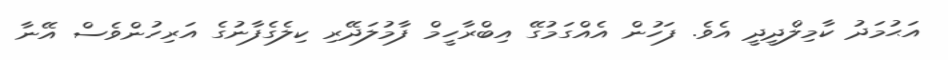
އަޙުމަދު ކާމިލްދީދީ އެވެ. ފަހުން އެއްގަމުގޭ އިބްރާހީމް ފާމުލަދޭރި ކިލެގެފާނުގެ އަރިހުންވެސް އޭނާ